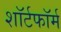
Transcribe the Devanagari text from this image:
शॉर्टफॉर्म